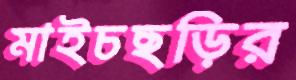
মাইচছড়ির